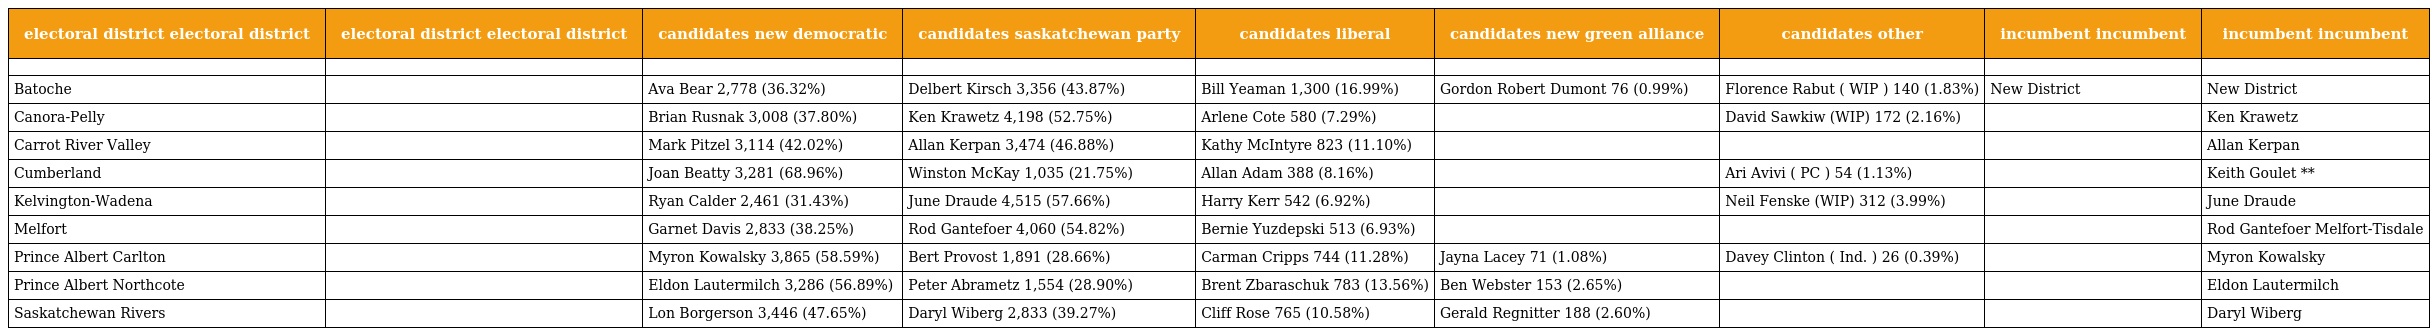
| electoral district electoral district | electoral district electoral district | candidates new democratic | candidates saskatchewan party | candidates liberal | candidates new green alliance | candidates other | incumbent incumbent | incumbent incumbent |
 | --- | --- | --- | --- | --- | --- | --- | --- | --- |
 |  |  |  |  |  |  |  |  |  |
 | Batoche |  | Ava Bear 2,778 (36.32%) | Delbert Kirsch 3,356 (43.87%) | Bill Yeaman 1,300 (16.99%) | Gordon Robert Dumont 76 (0.99%) | Florence Rabut ( WIP ) 140 (1.83%) | New District | New District |
 | Canora-Pelly |  | Brian Rusnak 3,008 (37.80%) | Ken Krawetz 4,198 (52.75%) | Arlene Cote 580 (7.29%) |  | David Sawkiw (WIP) 172 (2.16%) |  | Ken Krawetz |
 | Carrot River Valley |  | Mark Pitzel 3,114 (42.02%) | Allan Kerpan 3,474 (46.88%) | Kathy McIntyre 823 (11.10%) |  |  |  | Allan Kerpan |
 | Cumberland |  | Joan Beatty 3,281 (68.96%) | Winston McKay 1,035 (21.75%) | Allan Adam 388 (8.16%) |  | Ari Avivi ( PC ) 54 (1.13%) |  | Keith Goulet ** |
 | Kelvington-Wadena |  | Ryan Calder 2,461 (31.43%) | June Draude 4,515 (57.66%) | Harry Kerr 542 (6.92%) |  | Neil Fenske (WIP) 312 (3.99%) |  | June Draude |
 | Melfort |  | Garnet Davis 2,833 (38.25%) | Rod Gantefoer 4,060 (54.82%) | Bernie Yuzdepski 513 (6.93%) |  |  |  | Rod Gantefoer Melfort-Tisdale |
 | Prince Albert Carlton |  | Myron Kowalsky 3,865 (58.59%) | Bert Provost 1,891 (28.66%) | Carman Cripps 744 (11.28%) | Jayna Lacey 71 (1.08%) | Davey Clinton ( Ind. ) 26 (0.39%) |  | Myron Kowalsky |
 | Prince Albert Northcote |  | Eldon Lautermilch 3,286 (56.89%) | Peter Abrametz 1,554 (28.90%) | Brent Zbaraschuk 783 (13.56%) | Ben Webster 153 (2.65%) |  |  | Eldon Lautermilch |
 | Saskatchewan Rivers |  | Lon Borgerson 3,446 (47.65%) | Daryl Wiberg 2,833 (39.27%) | Cliff Rose 765 (10.58%) | Gerald Regnitter 188 (2.60%) |  |  | Daryl Wiberg |